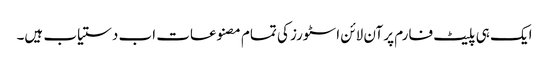
ایک ہی پلیٹ فارم پر آن لائن اسٹورز کی تمام مصنوعات اب دستیاب ہیں۔